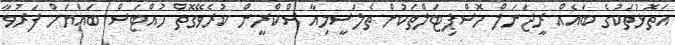
އަތޮޅުތަކުގެ ބައެއް ރީޖަނަލް ހޮސްޕިޓަލްތަކުން ތެލަސީމިއާ ސްކްރީން ކުރެވޭގޮތް ހުއްޓަސް ބައްޔަށް ފަރުވާ